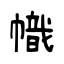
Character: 幟